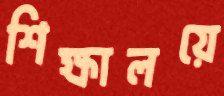
শিক্ষালয়ে